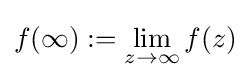
f(\infty ):=\lim _{z\to \infty }f(z)